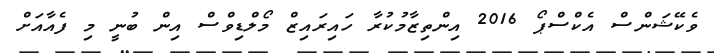
ވެކޭޝަންސް އެކްސްޕޯ 2016 އިންތިޒާމުކުރާ ހައިރައިޒް މޯލްޑިވްސް އިން ބުނީ މި ފެއާއަށް